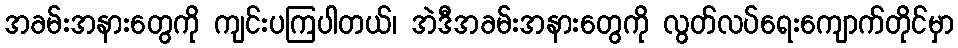
အခမ်းအနားတွေကို ကျင်းပကြပါတယ်၊ အဲဒီအခမ်းအနားတွေကို လွတ်လပ်ရေးကျောက်တိုင်မှာ